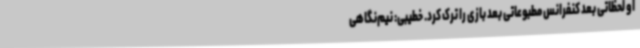
او لحظاتی بعد کنفرانس مطبوعاتی بعد بازی را ترک کرد. خطیبی:‌ نیم‌نگاهی